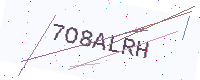
Text: 7O8ALRH